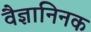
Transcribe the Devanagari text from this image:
वैज्ञानिनक